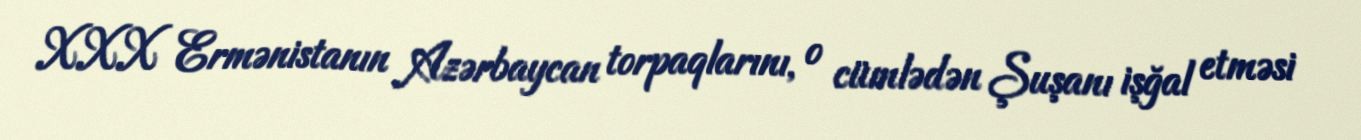
XXX Ermənistanın Azərbaycan torpaqlarını, o cümlədən Şuşanı işğal etməsi